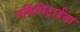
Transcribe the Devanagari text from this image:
एकिपिट्राईडा